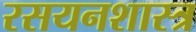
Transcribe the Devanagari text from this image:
रसयनशास्त्र